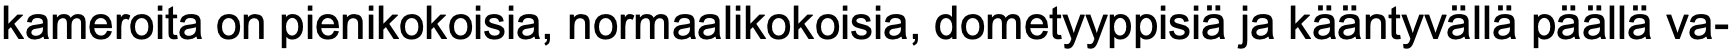
kameroita on pienikokoisia, normaalikokoisia, dometyyppisiä ja kääntyvällä päällä va-